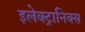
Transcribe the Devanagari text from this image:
इलेक्‍ट्रानिक्‍स